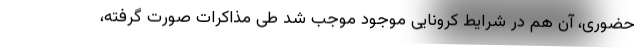
حضوری، آن هم در شرایط کرونایی موجود موجب شد طی مذاکرات صورت گرفته،